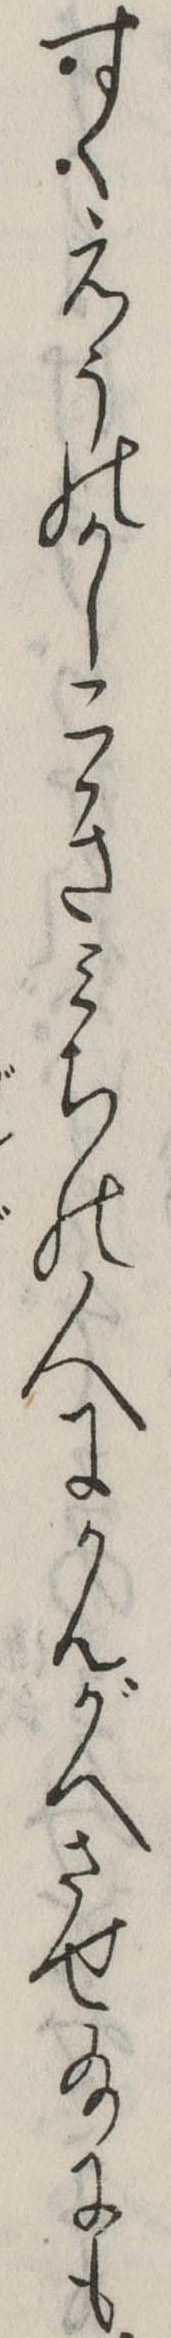
すくえうのかしこきみちの人にかんがへさせ給にも